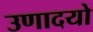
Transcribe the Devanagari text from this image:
उणादयो